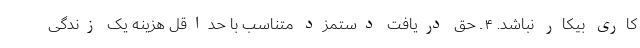
کاری بیکار نباشد. ۴ ـ حق دریافت دستمزد متناسب با حداقل هزینه یک زندگی